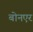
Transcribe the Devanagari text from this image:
बोनएर